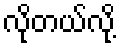
လိုတယ်လို့